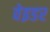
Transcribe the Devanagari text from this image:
वेइडर